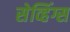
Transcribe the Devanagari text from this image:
सेव्हिंग्स